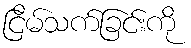
ငြိမ်သက်ခြင်းကို